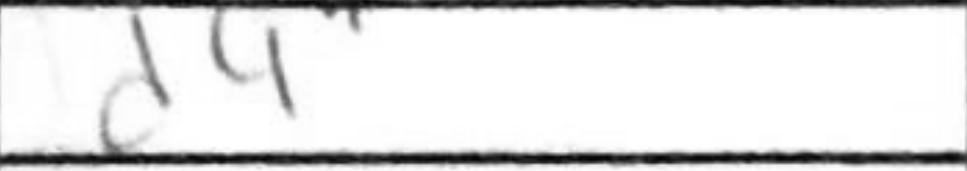
Transcription: d4